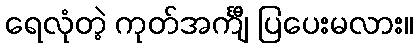
ရေလုံတဲ့ ကုတ်အင်္ကျီ ပြပေးမလား။